Lock hospitals Punjab
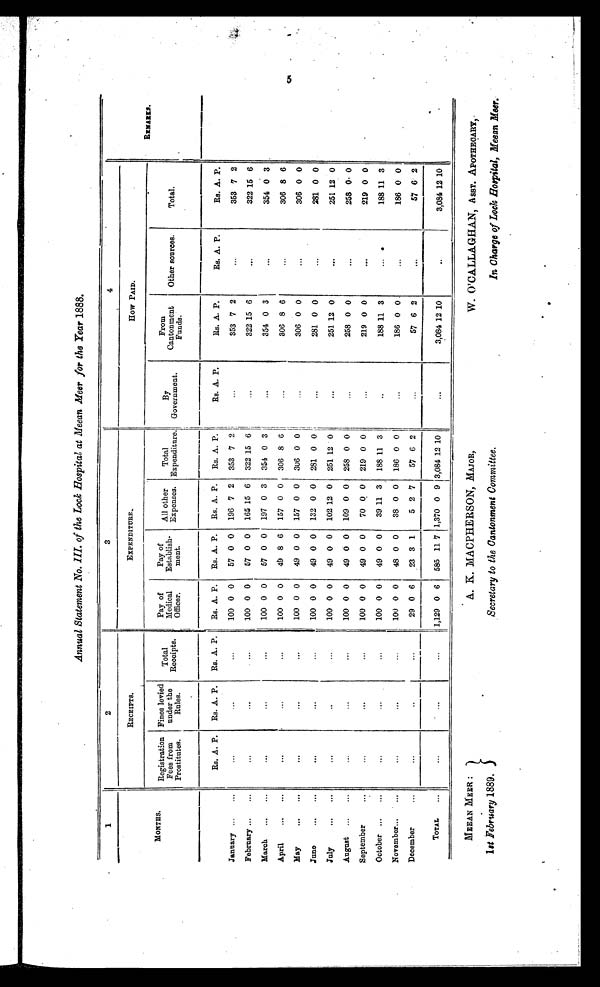
MEEAN MEER :
1st February 1889.
A . K . MA C P H E R S ON , M A J O R ,
Secretary to the Cantonment C o m m i t t e e .
W. O'CALLAGHAN, ASST. APOTHECARY,
In Charge of Lock Hospital, Meean Meer.
Annual Statement No. III. of the Lock Hospital at Meean Meer for the Year 1888.
1
2
3
4
MONTHS.
RECEIPTS.
E X P E N D I T U R E . .
How P A I D .
R E M A R K S .
Registration
Fees from
Prostitutes.
Fines levied
under the
Rules.
Total
Receipts .
Pay of
Medical
Officer.
Pay of
Establish-
me nt .
All other
Expenses.
Total
Expenditure .
By
Government.
From
Cantonment funds.
Other sources.
T o t a l .
Rs. A. P.
Rs. A. P.
Rs. A. P.
Rs. A. P.
Rs. A. P. Rs. A. P.
Rs. A. P.
Rs. A. P.
Rs. A. P.
Rs. A. P.
Rs. A. P.
January...
. . .
. . .
. . .
. . .
100 0 0
57 0 0
196 7 2
353 7 2
. . .
353 7 2
. . .
353 7 2
February ...
. . .
. . .
. . .
100 0 0
57 0 0
165 15 6
322 15 6 '
. . .
322 15 6
. . .
322 15 6
March
...
. . .
. . .
. . .
. . .
100 0 0
57 0 0
197 0 3
354 0 3
. . .
354 0 3
. . .
354 0 3
April
...
. . .
. . .
. . .
100 0 0
49 8 6
157 0 0 306 8 6
. . .
306 8 6
. . .
306 8 6
May
...
. . .
. . .
. . .
. . .
100 0 0
49 0 0
157 0 0 306 0 0
306 0 0
. . .
306 0 0
June
...
. . .
. . .
. . .
100 0 0
49 0 0
132 0 0
281 0 0
. . .
281 0 0
. . .
281 0 0
July
. . .
...
. . .
. .
. . .
100 0 0
49 0 0
102 12 0 251 12 0
. . .
251 12 0
. . .
251 12 0
August ...
. . .
. . .
. . .
. . .
100 0 0
49 0 0 109 0 0 258 0 0
. . .
258 0 0
. . .
258 0 0
September
. . .
. . .
. . .
. . .
100 0 0
49 0 0
70 0 0 219 0 0
. . .
219 0 0
. . .
219 0 0
October ...
. . .
. . .
. . .
. . .
100 0 0
49 0 0
39 11 3
188 11 3
. .
188 11 3
...
188 11 3
November...
. . .
. . .
. . .
. . .
100 0 0
48 0 0
38 0 0
186 0 0
. . .
186 0 0.
. . .
186 0 0
December
. . .
. . .
. . .
. . .
29 0 6
23 3 1
5 2 7
57 6 2
57 6 2
. . .
57
6
2
TOTAL
. . .
. . .
. . .
. . .
1,129 0 6
585 11 7 1,370 0
3,084 12 10
. . .
3,084 12 10
. .
3,084 12 10
.
.
5